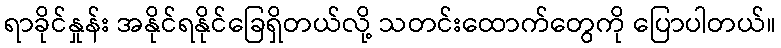
ရာခိုင်နှုန်း အနိုင်ရနိုင်ခြေရှိတယ်လို့ သတင်းထောက်တွေကို ပြောပါတယ်။